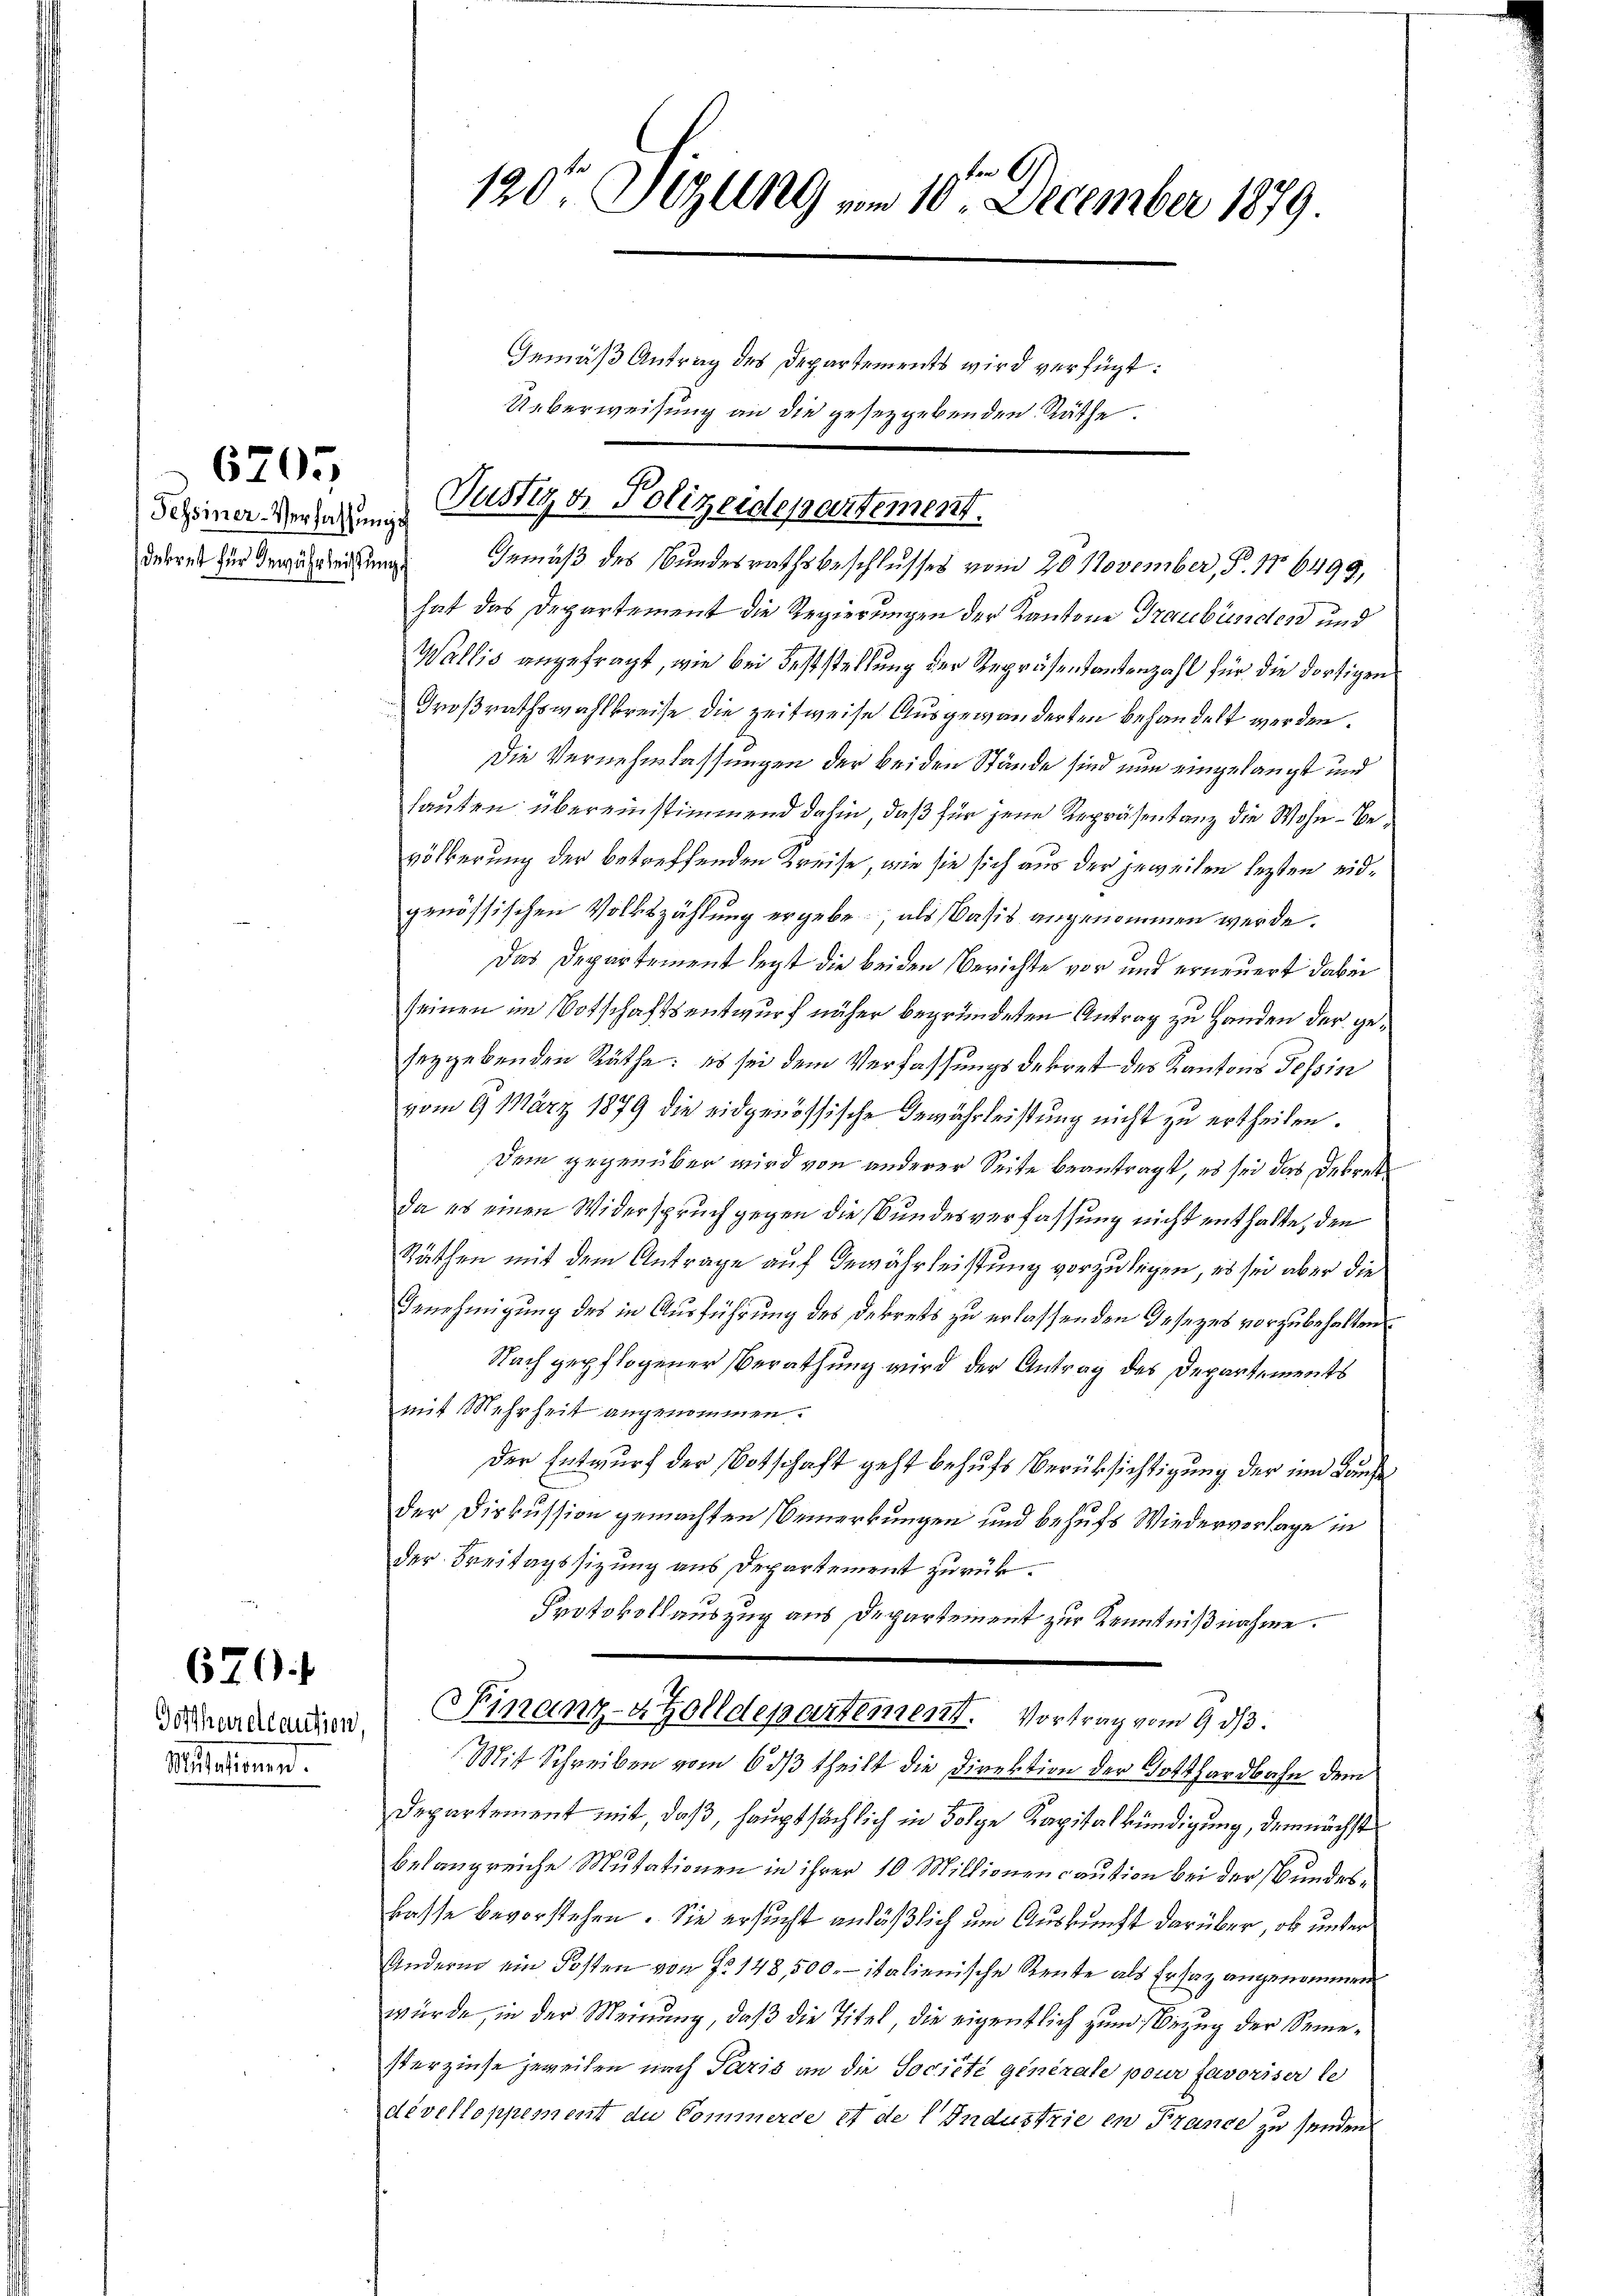
6705

Sessiner-Verfassung

670. f

Gottharelcaution,
ad.

120t Sizung vom 10te December 1879.
Gemäß Antrag des Departements wird verfügt:
Ueberweisung an die gesetzgebenden Räthe.

Justige Polizeidepartement.

derrat zur Begeistung Gemäß des Bundesrathsbeschlusses vom 20. November, S. 176499,
hat das Departement die Regierungen der Kantone Graubünden und
Wallis angefragt, wie bei Feststellung der Repräsentantenzahl für die dortigen
Großrathswahlkreise die Zeitweise Ausgewänderten behandelt werden.
Die Vernehmlassungen der beiden Stände sind nun eingelangt und
lauten übereinstimmend dahin, daß für jene Repräsentanz die Wohn- Bevölkerung der betreffenden Kreise, wie sie sich aus der jeweilen lezten eidgenössischen Volkszählung ergebe, als Basis angenommen werde.
Das Departement legt die beiden Berichte vor und erneuert dabei
seinen im Botschaftsentwurf näher begründeten Antrag zu Handen der geseygebenden Räthe: es sei dem Verfassungsdekret des Kantons Tessin
vom 9. März 1879 die eidgenössische Bewährleistung nicht zu ertheilen.
Dem gegenüber wird von anderer Seite beantragt, es sei das Dekretda es einen Widerspruch gegen die Bundesverfassung nicht enthalte, den
Räthen mit dem Antrage auf Gewährleistung vorzulegen, es sei aber die
Benehmigung des in Ausführung des Dekrets zu erlassenden Gesezes vorzubehalten
Nach gepflogener Berathung wird der Antrag des Departements
mit Mehrheit angenommen.
Der Entwurf der Botschaft geht behufs Berüksichtigung der im Laufe
der Diskussion gemachten Bemerkungen und behufs Wiederverlage in
der Freitagssitzung aus Departement zurück.
Protokollauszug aus Departement zur Kenntnißnahme.
Finanz-Zolldepartement. Vortrag vom 9. ds.
Mit Schreiben vom 6 dß theilt die Direktion der Gotthardbahn dem
Departement mit, daß, hauptsächlich in Folge Kapitalkündigung, demnächst
belangreiche Mutationen in ihrer 10 Millionen caution bei der Bundeskasse bevorstehen. Sie ersucht anläßlich um Auskunft darüber, ob unter
Andern ein Posten von No 148,500.- italienische Rente als Ersatz angenommen
würde, in der Meinung, daß die Titel, die eigentlich zum Bezug der Semesterzinse jeweilen nach Paris an die Société generale pour favoriser le
dévelloppement du Commerce et de l. Industrie en France zu senden